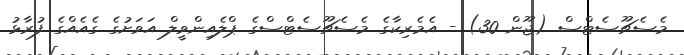
މެސެޗޫސެޓްސް (ޖޫން 30) - އެމެރިކާގެ މެސެޗޫސެޓްސްގެ ޕްލެއިންވީލް އަވަށުގެ ގެއެއްގެ ފުރާޅު